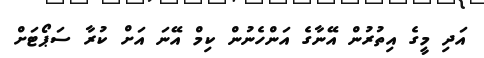
އަދި މީގެ އިތުރުން އޭނާގެ އަންހެނުން ކިމް އޭނަ އަށް ކުރާ ސަޕޯޓަށް